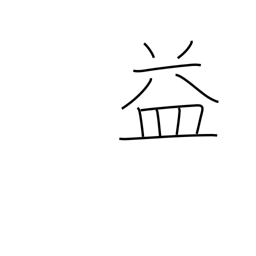
Meaning: benefit